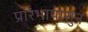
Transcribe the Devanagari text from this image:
प्रारंभापासुन